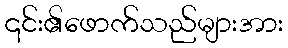
၎င်း၏ဖောက်သည်များအား